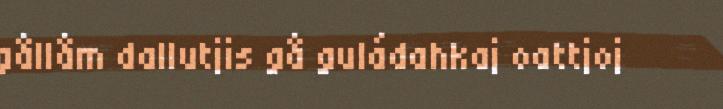
gållåm dallutjis gå guládahkaj oattjoj